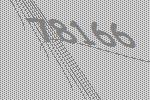
78166